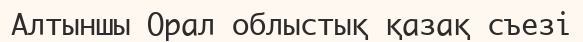
Алтыншы Орал облыстық қазақ съезі